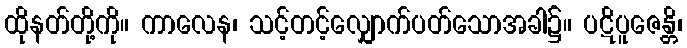
ထိုနတ်တို့ကို။ ကာလေန၊ သင့်တင့်လျှောက်ပတ်သောအခါ၌။ ပဋိပူဇေန္တိ၊